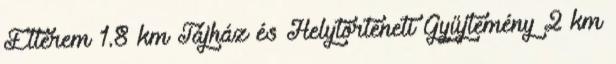
Étterem 1.8 km Tájház és Helytörténeti Gyűjtemény 2 km